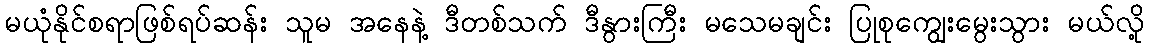
မယုံနိုင်စရာဖြစ်ရပ်ဆန်း သူမ အနေနဲ့ ဒီတစ်သက် ဒီနွားကြီး မသေမချင်း ပြုစုကျွေးမွေးသွား မယ်လို့